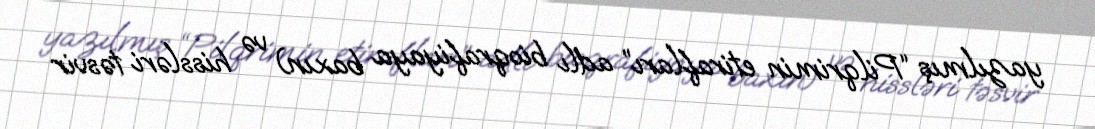
yazılmış “Pilqrimin etirafları” adlı bioqrafiyaya baxın) və hissləri təsvir